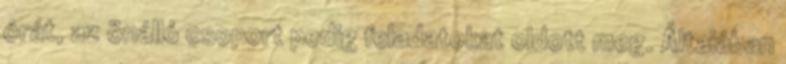
órát, az önálló csoport pedig feladatokat oldott meg. Általában